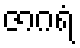
ဇာဂရံ